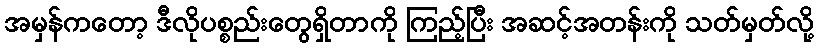
အမှန်ကတော့ ဒီလိုပစ္စည်းတွေရှိတာကို ကြည့်ပြီး အဆင့်အတန်းကို သတ်မှတ်လို့